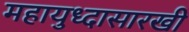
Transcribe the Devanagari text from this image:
महायुध्दासारखी